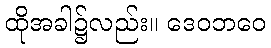
ထိုအခါ၌လည်း။ ဒေဝဘဝေ